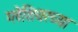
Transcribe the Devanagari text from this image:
ग्लेशियरच्या